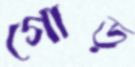
গোড়